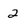
Character: 2